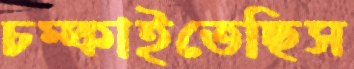
চম্‌কাইতেছিস